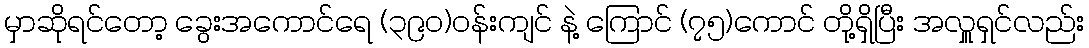
မှာဆိုရင်တော့ ခွေးအကောင်ရေ (၃၉၀)ဝန်းကျင် နဲ့ ကြောင် (၇၅)ကောင် တို့ရှိပြီး အလှူရှင်လည်း